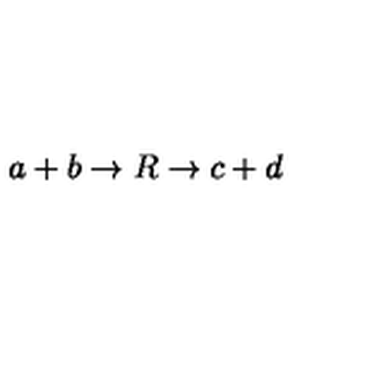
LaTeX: a + b \rightarrow R \rightarrow c + d